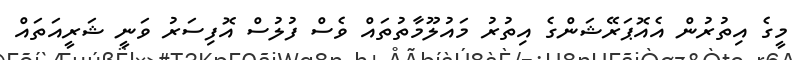
މީގެ އިތުރުން އެއޮޮޕަރޭޝަންގެ އިތުރު މައުލޫމާތުތައް ވެސް ފުލުސް އޮފިސަރު ވަނީ ޝަރީއަތައް